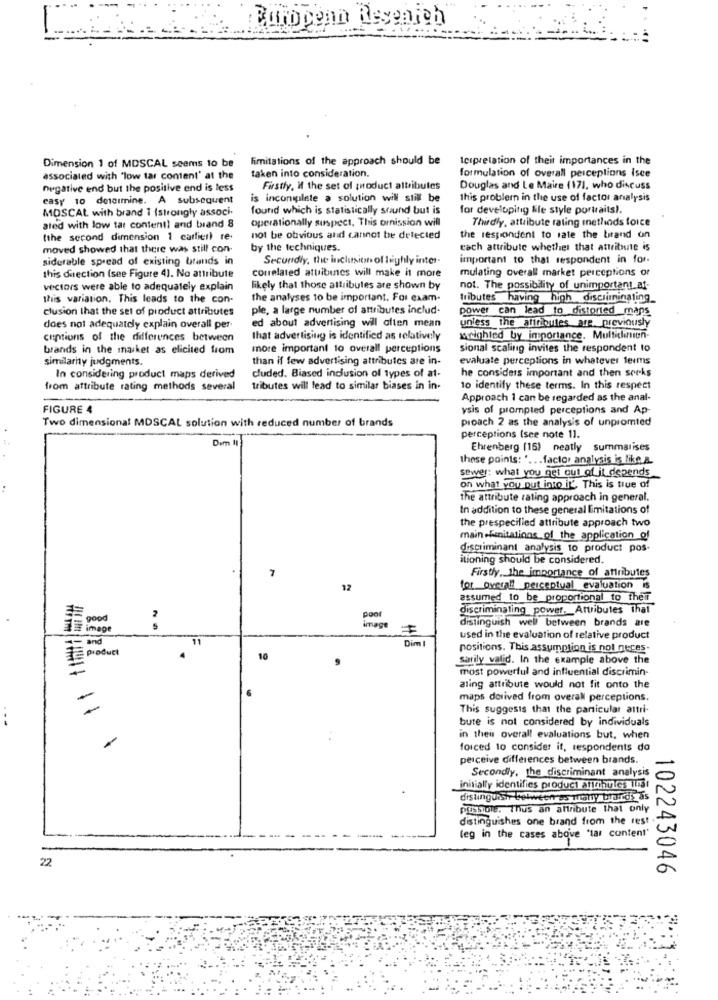
European Research
limitations of the approach should be
Icipretation of their importances in the
Dimension 1 of MDSCAL seems to be
taken into consideration.
associated with "low tar content' at the
formulation of overall perceptions Isce
negative end but the positive end is less
Firstly, il the set of product attributes
Douglas and Le Maire (171, who discuss
easy 10 determine. A subsequent
is incomplete a solution will still be
this problem in the use of factor analysis
MOSCAL, with brand 1 (strongly associ.
found which is statistically sound but is
for developing file style portraits).
operationally suspect, This omission will
Thirdly, attribute rating methods force
ated with low tar content! and brand 8
(the second dimension 1 cartier re-
not be obvious and cannot be detected
the respondent to rate the brand on
moved showed that there was still con-
by the techniques.
cach attribute whether that attribute is
sidetable spread of existing brands in
Secondly, the inclusion of lughly inter-
important to that respondent in for.
correlated attribuines will make it more
mulating overall market perceptions of
this direction (see Figure 4). No attribute
vectors were able to adequately explain
likely that those attributes are shown by
not. The possibility of unimportant_af-
this variation. This leads to the con-
the analyses to be important. For exam-
tributes having high discriminating_
clusion that the set of product attributes
ple, a large number of attributes includ.
power can lead to distorted maps
does not adequately explain overall per-
ed about advertising will often mean
unless the attributes are previously
ceptions of the differences between
that advertising is identified as relatively
wowNighled by importance. Multicliniun-
brands in the market as elicited from
more important to overall perceptions
sional scaling invites the respondent to
similarity judgments.
than if few advertising attributes are in-
evaluate perceptions in whatever terms
he considers important and then socks
In considering product maps derived
cluded. Biased inclusion of types of at-
from attribute rating methods several
tributes will lead to similar biases in in.
10 identify these terms. In this respect
Approach 1 can be regarded as the anal-
FIGURE 4
ysis of prompted perceptions and Ap-
Two dimensional MDSCAL solution with reduced number of brands
proach 2 as the analysis of unpromted
Dem 11
perceptions (see note 1].
Ehrenberg (16) neatly summarises
these points: *... factor analysis is like a.
sewer: what you get out of it depends
on what you put into it. This is true of
the attribute rating approach in general.
In addition to these general limitations of
the prespecified attribute approach two
main-finitations of the application of
discriminant analysis to product pos-
itioning should be considered.
Firstly, the importance of attributes
12
for overall perceptual evaluation is
assumed to be proportional to their
Poor
discriminating_power. Attributes That
2
i image
image
distinguish well between brands are
11
Dim
used in the evaluation of relative product
product
positions. This assumption is not neces-
10
sarily valid. In the example above the
most powerful and influential discrimin-
aling attribute would not fit onto the
maps derived from overall perceptions.
This suggests that the panicular altri-
...
bute is not considered by individuals
in their overall evaluations but, when
forced to consider it, respondents do
perceive differences between brands.
Secondly, the discriminant analysis
initially identifies product attributes 13!
POSSIOls. Thus an attribute that only
distinguishes one brand from the rest
(eg in the cases above "tar content'
22
102243046